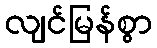
လျင်မြန်စွာ